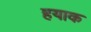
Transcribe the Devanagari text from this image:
हयाक